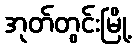
အုတ်တွင်းမြို့